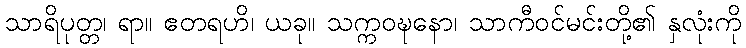
သာရိပုတ္တ၊ ရာ။ ဧတရဟိ၊ ယခု။ သက္ကဝဍ္ဎနော၊ သာကီဝင်မင်းတို့၏ နှလုံးကို